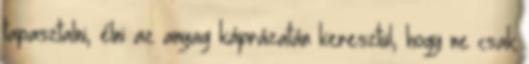
tapasztalni, élni az anyag káprázatán keresztül, hogy ne csak